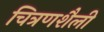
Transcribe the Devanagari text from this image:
चित्रणशैली